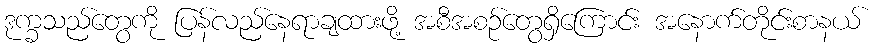
ဒုက္ခသည်တွေကို ပြန်လည်နေရာချထားဖို့ အစီအစဉ်တွေရှိကြောင်း အနောက်တိုင်းစာနယ်